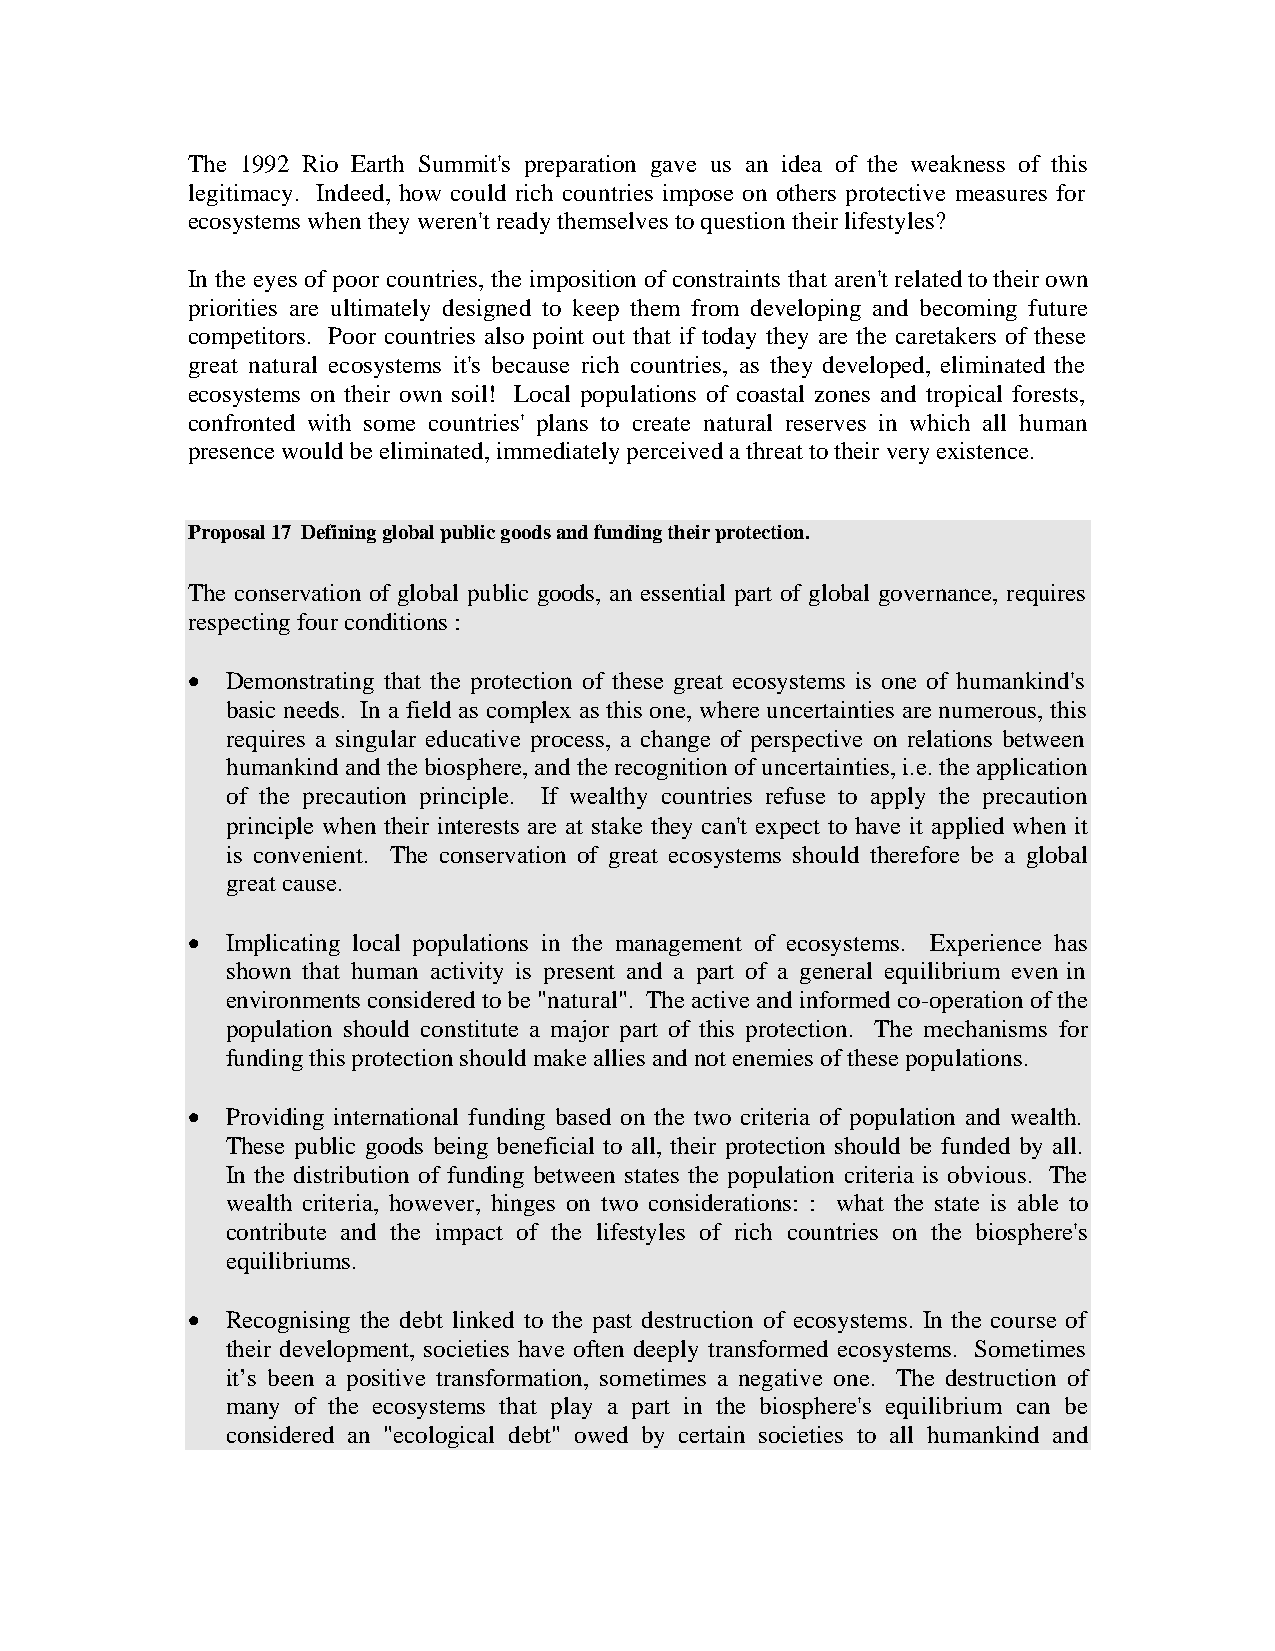
The 1992 Rio Earth Summit's preparation gave us an idea of the weakness of this
 legitimacy. Indeed, how could rich countries impose on others protective measures for
 ecosystems when they weren't ready themselves to question their lifestyles?
 In the eyes of poor countries, the imposition of constraints that aren't related to their own
 priorities are ultimately designed to keep them from developing and becoming future
 competitors. Poor countries also point out that if today they are the caretakers of these
 great natural ecosystems it's because rich countries, as they developed, eliminated the
 ecosystems on their own soil! Local populations of coastal zones and tropical forests,
 confronted with some countries' plans to create natural reserves in which all human
 presence would be eliminated, immediately perceived a threat to their very existence.
 Proposal 17 Defining global public goods and funding their protection.
 The conservation of global public goods, an essential part of global governance, requires
 respecting four conditions :
 •  Demonstrating that the protection of these great ecosystems is one of humankind's
 basic needs. In a field as complex as this one, where uncertainties are numerous, this
 requires a singular educative process, a change of perspective on relations between
 humankind and the biosphere, and the recognition of uncertainties, i.e. the application
 of the precaution principle. If wealthy countries refuse to apply the precaution
 principle when their interests are at stake they can't expect to have it applied when it
 is convenient. The conservation of great ecosystems should therefore be a global
 great cause.
 •  Implicating local populations in the management of ecosystems. Experience has
 shown that human activity is present and a part of a general equilibrium even in
 environments considered to be "natural". The active and informed co-operation of the
 population should constitute a major part of this protection. The mechanisms for
 funding this protection should make allies and not enemies of these populations.
 •  Providing international funding based on the two criteria of population and wealth.
 These public goods being beneficial to all, their protection should be funded by all.
 In the distribution of funding between states the population criteria is obvious. The
 wealth criteria, however, hinges on two considerations: : what the state is able to
 contribute and the impact of the lifestyles of rich countries on the biosphere's
 equilibriums.
 •  Recognising the debt linked to the past destruction of ecosystems. In the course of
 their development, societies have often deeply transformed ecosystems. Sometimes
 it’s been a positive transformation, sometimes a negative one. The destruction of
 many of the ecosystems that play a part in the biosphere's equilibrium can be
 considered an "ecological debt" owed by certain societies to all humankind and